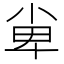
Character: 𡭼